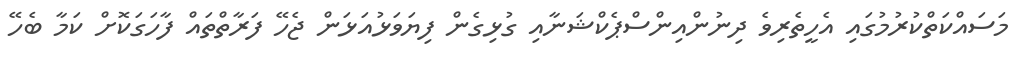
މަސައްކަތްކުރުމުގައި އެހީތެރިވެ ދިނުންއިންސްޕެކްޝަނާއި ގުޅިގެން ފިޔަވަޅުއަޅަން ޖެހޭ ފަރާތްތައް ފާހަގަކޮށް ކަމާ ބެހޭ